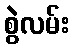
စွဲလမ်း